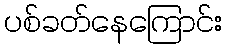
ပစ်ခတ်နေကြောင်း